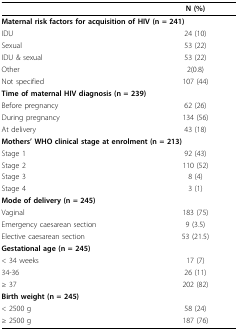
<table><thead><tr><td></td><td><b>N (%)</b></td></tr></thead><tbody><tr><td colspan="2"><b>Maternal risk factors for acquisition of HIV (n = 241)</b></td></tr><tr><td>IDU</td><td>24 (10)</td></tr><tr><td>Sexual</td><td>53 (22)</td></tr><tr><td>IDU &amp; sexual</td><td>53 (22)</td></tr><tr><td>Other</td><td>2(0.8)</td></tr><tr><td>Not specified</td><td>107 (44)</td></tr><tr><td colspan="2"><b>Time of maternal HIV diagnosis (n = 239)</b></td></tr><tr><td>Before pregnancy</td><td>62 (26)</td></tr><tr><td>During pregnancy</td><td>134 (56)</td></tr><tr><td>At delivery</td><td>43 (18)</td></tr><tr><td colspan="2"><b>Mothers&#x27; WHO clinical stage at enrolment (n = 213)</b></td></tr><tr><td>Stage 1</td><td>92 (43)</td></tr><tr><td>Stage 2</td><td>110 (52)</td></tr><tr><td>Stage 3</td><td>8 (4)</td></tr><tr><td>Stage 4</td><td>3 (1)</td></tr><tr><td colspan="2"><b>Mode of delivery (n = 245)</b></td></tr><tr><td>Vaginal</td><td>183 (75)</td></tr><tr><td>Emergency caesarean section</td><td>9 (3.5)</td></tr><tr><td>Elective caesarean section</td><td>53 (21.5)</td></tr><tr><td colspan="2"><b>Gestational age (n = 245)</b></td></tr><tr><td>&lt; 34 weeks</td><td>17 (7)</td></tr><tr><td>34-36</td><td>26 (11)</td></tr><tr><td>≥ 37</td><td>202 (82)</td></tr><tr><td colspan="2"><b>Birth weight (n = 245)</b></td></tr><tr><td>&lt; 2500 g</td><td>58 (24)</td></tr><tr><td>≥ 2500 g</td><td>187 (76)</td></tr></tbody></table>